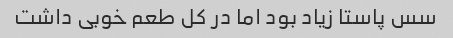
سس پاستا زیاد بود اما در کل طعم خوبی داشت